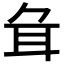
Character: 𦔰